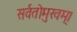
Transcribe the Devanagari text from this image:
सर्वतोमुखम्।